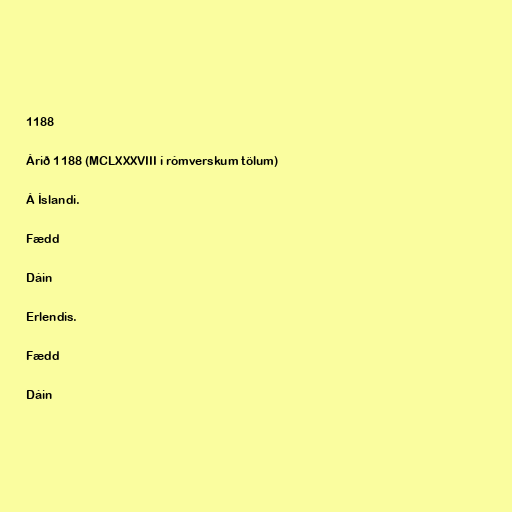
1188

Árið 1188 (MCLXXXVIII í rómverskum tölum)

Á Íslandi.

Fædd

Dáin

Erlendis.

Fædd

Dáin